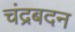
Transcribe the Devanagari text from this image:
चंद्रबदन